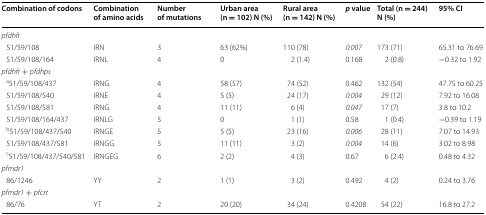
<table><thead><tr><td><b>Combination of codons</b></td><td><b>Combination of amino acids</b></td><td><b>Number of mutations</b></td><td><b>Urban area (n = 102) N (%)</b></td><td><b>Rural area (n = 142) N (%)</b></td><td><b><i>p</i> value</b></td><td><b>Total (n = 244) N (%)</b></td><td><b>95% CI</b></td></tr></thead><tbody><tr><td colspan="8"><i>pfdhfr</i></td></tr><tr><td> 51/59/108</td><td>IRN</td><td>3</td><td>63 (62%)</td><td>110 (78)</td><td><i>0.007</i></td><td>173 (71)</td><td>65.31 to 76.69</td></tr><tr><td> 51/59/108/164</td><td>IRNL</td><td>4</td><td>0</td><td>2 (1.4)</td><td>0.168</td><td>2 (0.8)</td><td>−0.32 to 1.92</td></tr><tr><td colspan="8"><i>pfdhfr</i> + <i>pfdhps</i></td></tr><tr><td> <sup>a</sup>51/59/108/437</td><td>IRNG</td><td>4</td><td>58 (57)</td><td>74 (52)</td><td>0.462</td><td>132 (54)</td><td>47.75 to 60.25</td></tr><tr><td> 51/59/108/540</td><td>IRNE</td><td>4</td><td>5 (5)</td><td>24 (17)</td><td><i>0.004</i></td><td>29 (12)</td><td>7.92 to 16.08</td></tr><tr><td> 51/59/108/581</td><td>IRNG</td><td>4</td><td>11 (11)</td><td>6 (4)</td><td><i>0.047</i></td><td>17 (7)</td><td>3.8 to 10.2</td></tr><tr><td> 51/59/108/164/437</td><td>IRNLG</td><td>5</td><td>0</td><td>1 (1)</td><td>0.58</td><td>1 (0.4)</td><td>−0.39 to 1.19</td></tr><tr><td> <sup>b</sup>51/59/108/437/540</td><td>IRNGE</td><td>5</td><td>5 (5)</td><td>23 (16)</td><td><i>0.006</i></td><td>28 (11)</td><td>7.07 to 14.93</td></tr><tr><td> 51/59/108/437/581</td><td>IRNGG</td><td>5</td><td>11 (11)</td><td>3 (2)</td><td><i>0.004</i></td><td>14 (6)</td><td>3.02 to 8.98</td></tr><tr><td> <sup>c</sup>51/59/108/437/540/581</td><td>IRNGEG</td><td>6</td><td>2 (2)</td><td>4 (3)</td><td>0.67</td><td>6 (2.4)</td><td>0.48 to 4.32</td></tr><tr><td colspan="8"><i>pfmdr1</i></td></tr><tr><td> 86/1246</td><td>YY</td><td>2</td><td>1 (1)</td><td>3 (2)</td><td>0.492</td><td>4 (2)</td><td>0.24 to 3.76</td></tr><tr><td colspan="8"><i>pfmdr1</i> + <i>pfcrt</i></td></tr><tr><td> 86/76</td><td>YT</td><td>2</td><td>20 (20)</td><td>34 (24)</td><td>0.4208</td><td>54 (22)</td><td>16.8 to 27.2</td></tr></tbody></table>